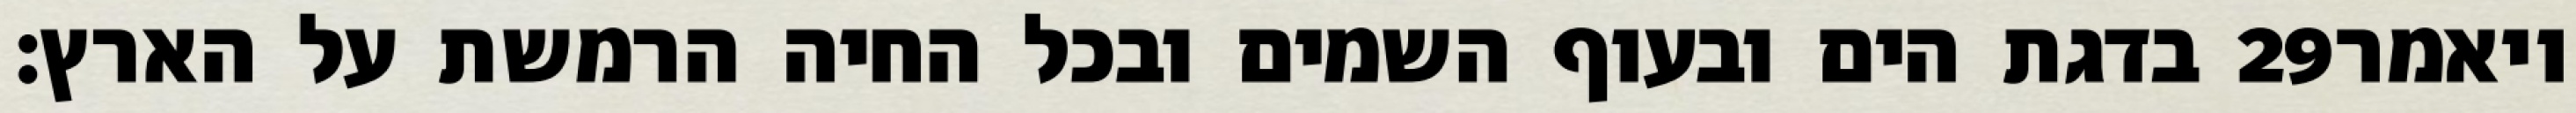
בדגת הים ובעוף השמים ובכל החיה הרמשת על הארץ׃ ‎29‏ ויאמר